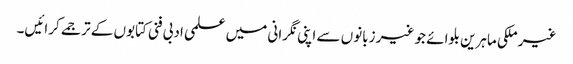
غیر ملکی ماہرین بلوائے جو غیر زبانوں سے اپنی نگرانی میں علمی ادبی فنی کتابوں کے ترجمے کرائیں۔